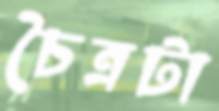
চৈত্রটা